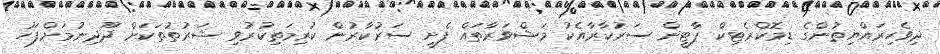
ދިވެހިރައްޔިތުންގެ ޑިމޮކްރެޓިކް ޕާޓީން ސަރުކާރާއެކު މަޝްވަރާތައް ފެށީ ސަރުކާރުން ކުރިމަތިކުރުވި ޝަރުތުތަކަށް ދޫދިނުމަށްފަހު